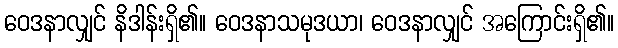
ဝေဒနာလျှင် နိဒါန်းရှိ၏။ ဝေဒနာသမုဒယာ၊ ဝေဒနာလျှင် အကြောင်းရှိ၏။